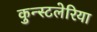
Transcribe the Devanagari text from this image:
कुन्स्टलेरिया